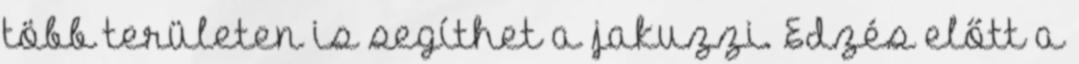
több területen is segíthet a jakuzzi. Edzés előtt a